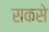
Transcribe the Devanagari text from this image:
सकसे